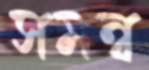
সমন্ব